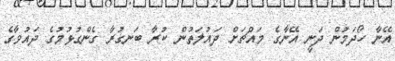
އޭނާ ހޯދަމުން ދަނީ އޭނާގެ މައްޗަށް ދައުލަތުން ކުރާ ބަނގުރާ ގެންގުޅުމުގެ ދައުވާގެ